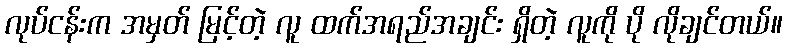
လုပ်ငန်းက အမှတ် မြင့်တဲ့ လူ ထက်အရည်အချင်း ရှိတဲ့ လူကို ပို လိုချင်တယ်။